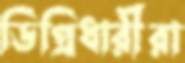
ডিগ্রিধারীরা